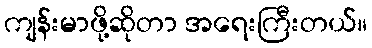
ကျန်းမာဖို့ဆိုတာ အရေးကြီးတယ်။